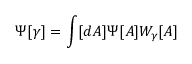
\Psi [ \gamma ] = \int [ d A ] \Psi [ A ] W _ { \gamma } [ A ]